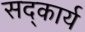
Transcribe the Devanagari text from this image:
सद्कार्य